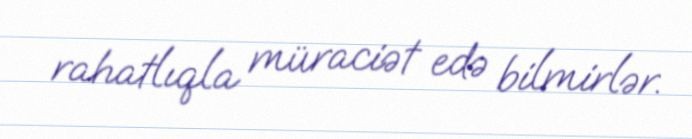
rahatlıqla müraciət edə bilmirlər.